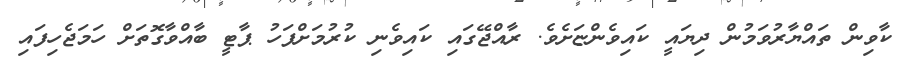
ކާވިން ތައްޔާރުވަމުން ދިޔައީ ކައިވެންޏަށެވެ. ރާއްޖޭގައި ކައިވެނި ކުރުމަށްފަހު ޕާޓީ ބާއްވާގޮތަށް ހަމަޖެހިފައި